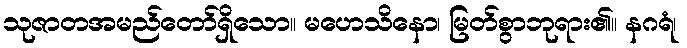
သုဇာတအမည်တော်ရှိသော။ မဟေသိနော၊ မြတ်စွာဘုရား၏။ နဂရံ၊